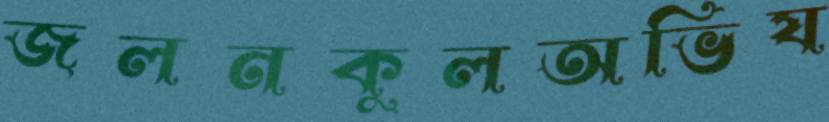
জলনকুলঅভিয